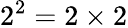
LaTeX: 2^{2}=2\times 2